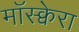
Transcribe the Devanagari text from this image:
मॉस्क्वेरा